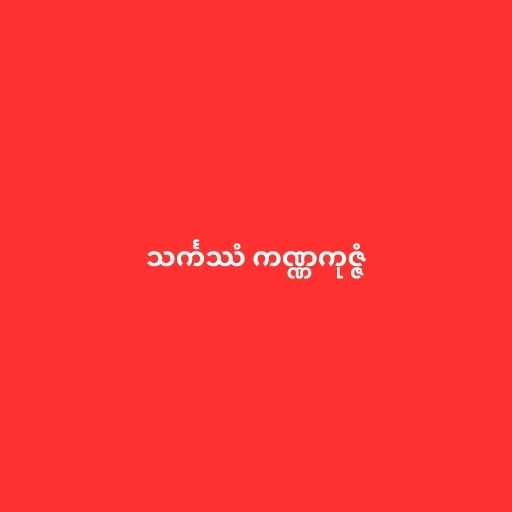
သင်္ကဿံ ကဏ္ဏကုဇ္ဇံ